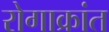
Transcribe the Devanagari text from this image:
रोगाक्रांत